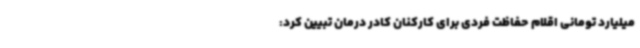
میلیارد تومانی اقلام حفاظت فردی برای کارکنان کادر درمان تبیین کرد: